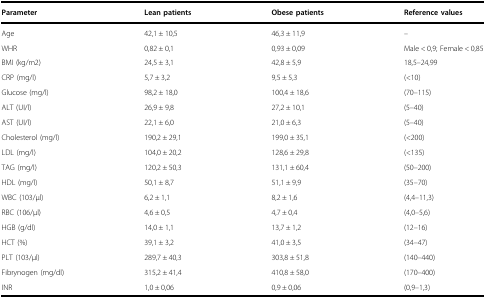
<table><thead><tr><td><b>Parameter</b></td><td><b>Lean patients</b></td><td><b>Obese patients</b></td><td><b>Reference values</b></td></tr></thead><tbody><tr><td>Age</td><td>42,1 ± 10,5</td><td>46,3 ± 11,9</td><td>–</td></tr><tr><td>WHR</td><td>0,82 ± 0,1</td><td>0,93 ± 0,09</td><td>Male &lt; 0,9; Female &lt; 0,85</td></tr><tr><td>BMI (kg/m2)</td><td>24,5 ± 3,1</td><td>42,8 ± 5,9</td><td>18,5–24,99</td></tr><tr><td>CRP (mg/l)</td><td>5,7 ± 3,2</td><td>9,5 ± 5,3</td><td>(&lt;10)</td></tr><tr><td>Glucose (mg/l)</td><td>98,2 ± 18,0</td><td>100,4 ± 18,6</td><td>(70–115)</td></tr><tr><td>ALT (UI/l)</td><td>26,9 ± 9,8</td><td>27,2 ± 10,1</td><td>(5–40)</td></tr><tr><td>AST (UI/l)</td><td>22,1 ± 6,0</td><td>21,0 ± 6,3</td><td>(5–40)</td></tr><tr><td>Cholesterol (mg/l)</td><td>190,2 ± 29,1</td><td>199,0 ± 35,1</td><td>(&lt;200)</td></tr><tr><td>LDL (mg/l)</td><td>104,0 ± 20,2</td><td>128,6 ± 29,8</td><td>(&lt;135)</td></tr><tr><td>TAG (mg/l)</td><td>120,2 ± 50,3</td><td>131,1 ± 60,4</td><td>(50–200)</td></tr><tr><td>HDL (mg/l)</td><td>50,1 ± 8,7</td><td>51,1 ± 9,9</td><td>(35–70)</td></tr><tr><td>WBC (103/μl)</td><td>6,2 ± 1,1</td><td>8,2 ± 1,6</td><td>(4,4–11,3)</td></tr><tr><td>RBC (106/μl)</td><td>4,6 ± 0,5</td><td>4,7 ± 0,4</td><td>(4,0–5,6)</td></tr><tr><td>HGB (g/dl)</td><td>14,0 ± 1,1</td><td>13,7 ± 1,2</td><td>(12–16)</td></tr><tr><td>HCT (%)</td><td>39,1 ± 3,2</td><td>41,0 ± 3,5</td><td>(34–47)</td></tr><tr><td>PLT (103/μl)</td><td>289,7 ± 40,3</td><td>303,8 ± 51,8</td><td>(140–440)</td></tr><tr><td>Fibrynogen (mg/dl)</td><td>315,2 ± 41,4</td><td>410,8 ± 58,0</td><td>(170–400)</td></tr><tr><td>INR</td><td>1,0 ± 0,06</td><td>0,9 ± 0,06</td><td>(0,9–1,3)</td></tr></tbody></table>